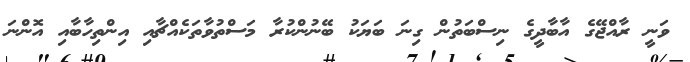
ވަނީ ރާއްޖޭގެ އާބާދީގެ ނިސްބަތުން ގިނަ ބަޔަކު ބޭނުންކުރާ މަސްތުވާތަކެއްޗާއި އިންތިހާބާއި އޮންނަ